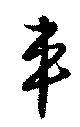
車